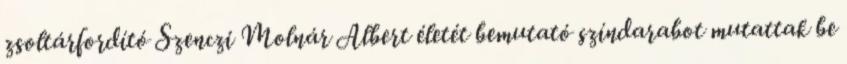
zsoltárfordító Szenczi Molnár Albert életét bemutató színdarabot mutattak be